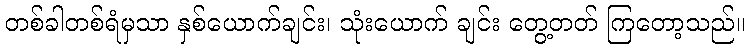
တစ်ခါတစ်ရံမှသာ နှစ်ယောက်ချင်း၊ သုံးယောက် ချင်း တွေ့တတ် ကြတော့သည်။